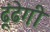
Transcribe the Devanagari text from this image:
ढूंढेगी